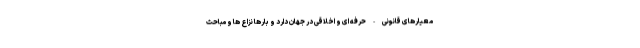
معیارهای قانونی-حرفه ای و اخلاقی در جهان دارد و بارها نزاع ها و مباحث